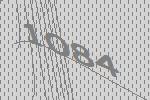
1084